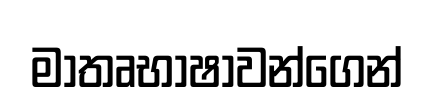
මාතෘභාෂාවන්ගෙන්